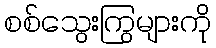
စစ်သွေးကြွများကို